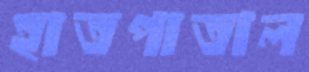
হাতপাতাল